Annual administration and progress report of the Indian Medical Department, Bombay
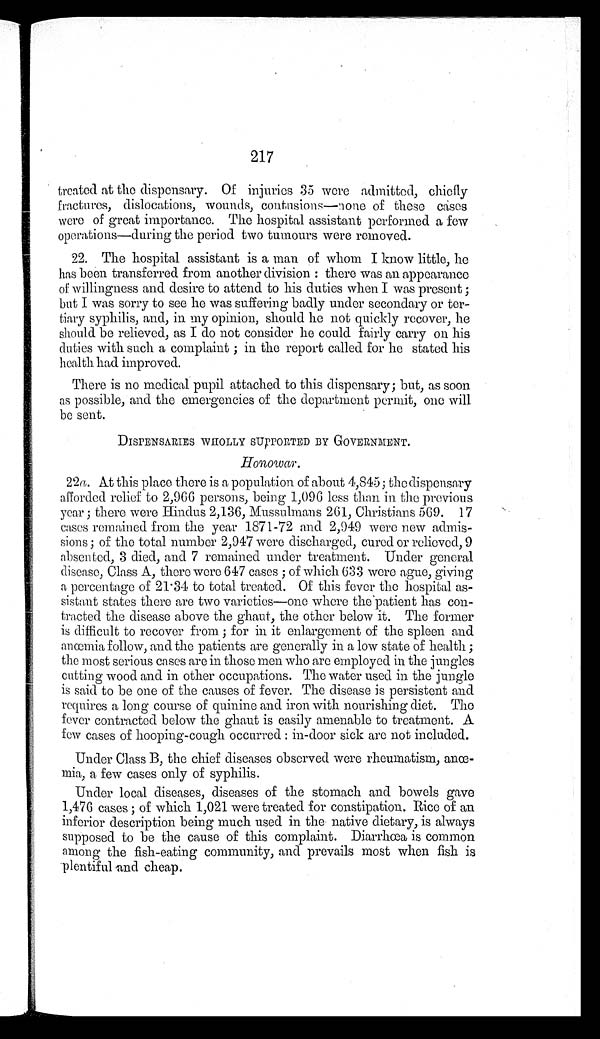
217
treated at the dispensary. Of injuries 35 were admitted, chiefly
fractures, dislocations, wounds, contusions—none of these cases
were of great importance. The hospital assistant performed a few
operations—during the period two tumours were removed.
22. The hospital assistant is a man of whom I know little, he
has been transferred from another division: there was an appearance
of willingness and desire to attend to his duties when I was present;
but I was sorry to see he was suffering badly under secondary or ter
-tiary syphilis, and, in my opinion, should he not quickly recover, he
should be relieved, as I do not consider he could fairly carry on his
duties with such a complaint; in the report called for he stated his
health had improved.
There is no medical pupil attached to this dispensary; but, as soon
as possible, and the emergencies of the department permit, one will
be sent.
DISPENSARIES WHOLLY SUPPORTED BY GOVERNMENT.
Honowar .
22a. At this place there is a population of about 4,845; the dispensary
afforded relief to 2,966 persons, being 1,096 less than in the previous
year; there were Hindus 2,136, Mussulmans 261, Christians 569. 17
cases remained from the year 1871-72 and 2,949 were new admis
-sions; of the total number 2,947 were discharged, cured or relieved, 9
absented, 3 died, and 7 remained under treatment. Under general
disease, Class A, there were 647 cases; of which 633 were ague, giving
a percentage of 21.34 to total treated. Of this fever the hospital as-
sistant states there are two varieties—one where the patient has con-
tracted the disease above the ghaut, the other below it. The former
is difficult to recover from; for in it enlargement of the spleen and
a n œ m i a f o l l o w , a n d t h e p a t i e n t s a r e g e n e r a l l y i n a l o w s t a t e o f h e a l t h ;
the most serious cases are in those men who are employed in the jungles
cutting wood and in other occupations. The water used in the jungle
is said to be one of the causes of fever. The disease is persistent and
requires a long course of quinine and iron with nourishing diet. The
fever contracted below the ghaut is easily amenable to treatment. A
few cases of hooping-cough occurred: in-door sick are not included.
Under Class B, the chief diseases observed were rheumatism, an
œ - m i a , a f e w c a s e s o n l y o f s y p h i l i s .
Under local diseases, diseases of the stomach and bowels gave
1,476 cases; of which 1,021 were treated for constipation. Rice of an
inferior description being much used in the native dietary, is always
supposed to be the cause of this complaint. Diarrhœa is common
among the fish-eating community, and prevails most when fish is
plentiful and cheap.